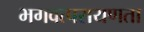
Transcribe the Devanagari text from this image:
भगवत्परायणता